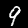
Label: 9